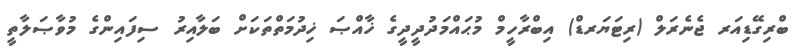
ބްރިގޭޑިއަރ ޖެނެރަލް (ރިޓަޔަރޑް) އިބްރާހީމް މުޙައްމަދުދީދީގެ ޚާއްޞަ ޚިދުމަތްތަކަށް ބަލާއިރު ސިފައިންގެ މުވާޞަލާތީ